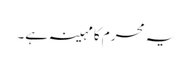
یہ محرم کا مہینہ ہے۔